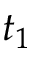
t _ { 1 }